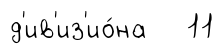
д'ив'из'ио́на 11